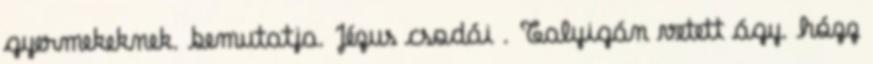
gyermekeknek. bemutatja. Jézus csodái . Talyigán vetett ágy. hózz